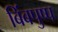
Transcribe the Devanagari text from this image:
बिंबपुष्प